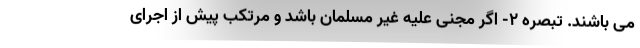
می باشند. تبصره ۲- اگر مجنی علیه غیر مسلمان باشد و مرتکب پیش از اجرای